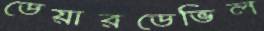
ডেয়ারডেভিল